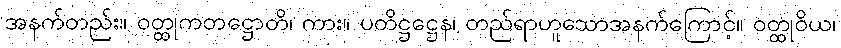
အနက်တည်း။ ဝတ္ထုကတဋ္ဌောတိ၊ ကား။ ပတိဋ္ဌဋ္ဌေန၊ တည်ရာဟူသောအနက်ကြောင့်။ ဝတ္ထုဝိယ၊